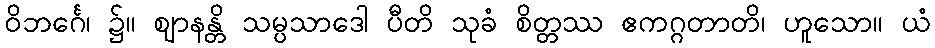
ဝိဘင်္ဂေ၊ ၌။ ဈာနန္တိ သမ္ပသာဒေါ ပီတိ သုခံ စိတ္တဿ ဧကဂ္ဂတာတိ၊ ဟူသော။ ယံ